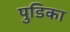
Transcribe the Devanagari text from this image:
पुडिका